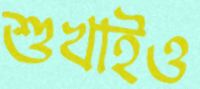
শুখাইও